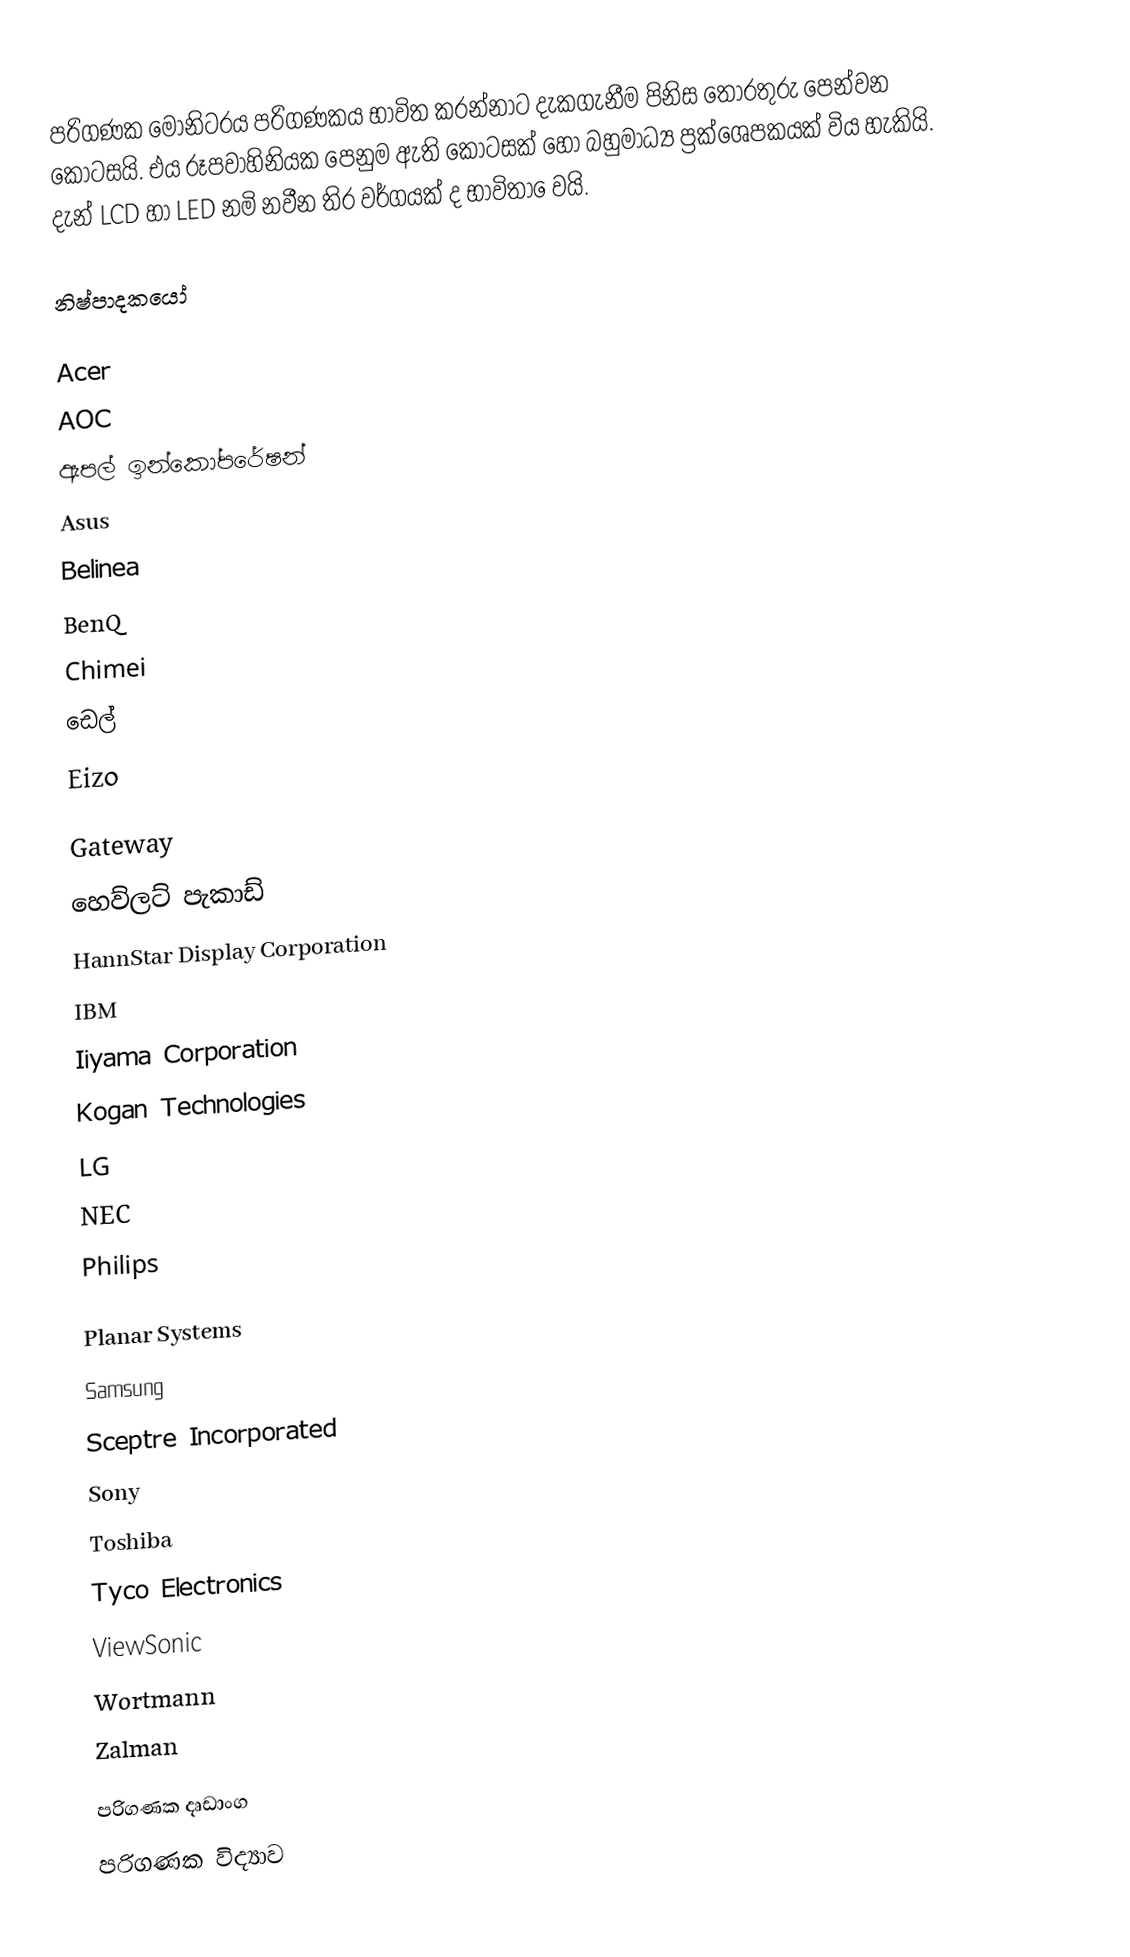
පරිගණක මොනිටරය පරිගණකය භාවිත කරන්‌නාට‌ දැකගැනීම පිනිස ‍තොරතුරු ‍පෙන්‌වන ‍කොටසයි. එය රූපවාහිනියක පෙනුම ඇති ‍කොටසක් හෝ බහුමාධ්‍ය ප්‍රක්‌‍ශෙපකයක්‌ විය හැකියි. දැන් LCD හා LED නමි නවීන තිර වර්ගයක් ද භාවිතා ‍ෙවයි.

නිෂ්පාදකයෝ

 Acer
 AOC
 ඇපල් ඉන්කෝපරේෂන්
 Asus
 Belinea
 BenQ
 Chimei
 ඩෙල්
 Eizo

 Gateway
 හෙව්ලට් පැකාඩ්
 HannStar Display Corporation
 IBM
 Iiyama Corporation
 Kogan Technologies
 LG
 NEC
 Philips

 Planar Systems
 Samsung
 Sceptre Incorporated
 Sony
 Toshiba
 Tyco Electronics
 ViewSonic
 Wortmann
 Zalman

පරිගණක දෘඩාංග
පරිගණක විද්‍යාව